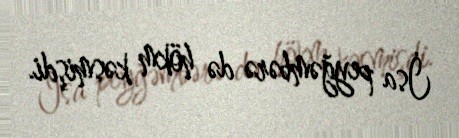
İsa peyğəmbərə də hökm kəsmişdi.